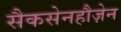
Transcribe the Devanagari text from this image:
सैकसेनहौज़ेन